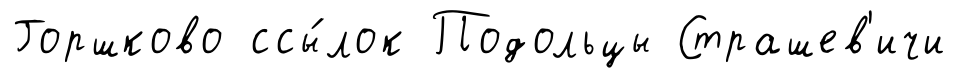
Горшково ссы́лок Подольцы Страшев'ичи